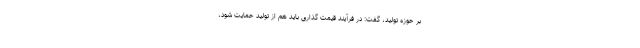
بر حوزه تولید، گفت: در فرآیند قیمت گذاری باید هم از تولید حمایت شود،